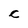
Character: C